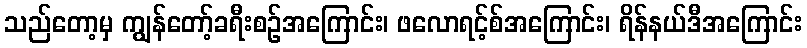
သည်တော့မှ ကျွန်တော့်ခရီးစဉ်အကြောင်း၊ ဖလောရင့်စ်အကြောင်း၊ ရိန်နယ်ဒီအကြောင်း